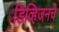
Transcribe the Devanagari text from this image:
डिव्हिजनचे